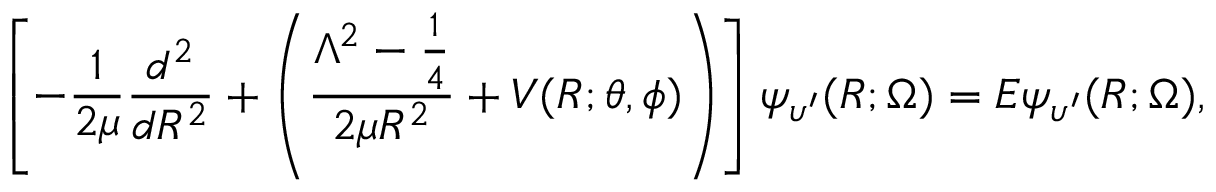
\left[ - \frac { 1 } { 2 \mu } \frac { d ^ { 2 } } { d R ^ { 2 } } + \left( \frac { \Lambda ^ { 2 } - \frac { 1 } { 4 } } { 2 \mu R ^ { 2 } } + V ( R ; \theta , \phi ) \right) \right] \psi _ { \upsilon ^ { \prime } } ( R ; \Omega ) = E \psi _ { \upsilon ^ { \prime } } ( R ; \Omega ) ,